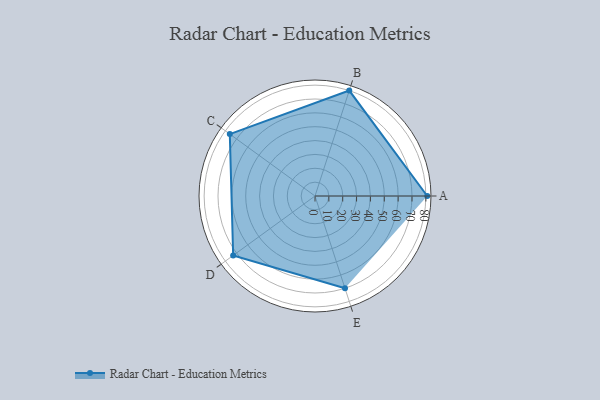
{"axis": {"x": "Skill", "y": "Score"}, "legend": ["Profile"], "data": [{"x": "A", "y": 81.0, "type": "Profile"}, {"x": "B", "y": 80.0, "type": "Profile"}, {"x": "C", "y": 76.0, "type": "Profile"}, {"x": "D", "y": 73.0, "type": "Profile"}, {"x": "E", "y": 70.0, "type": "Profile"}]}